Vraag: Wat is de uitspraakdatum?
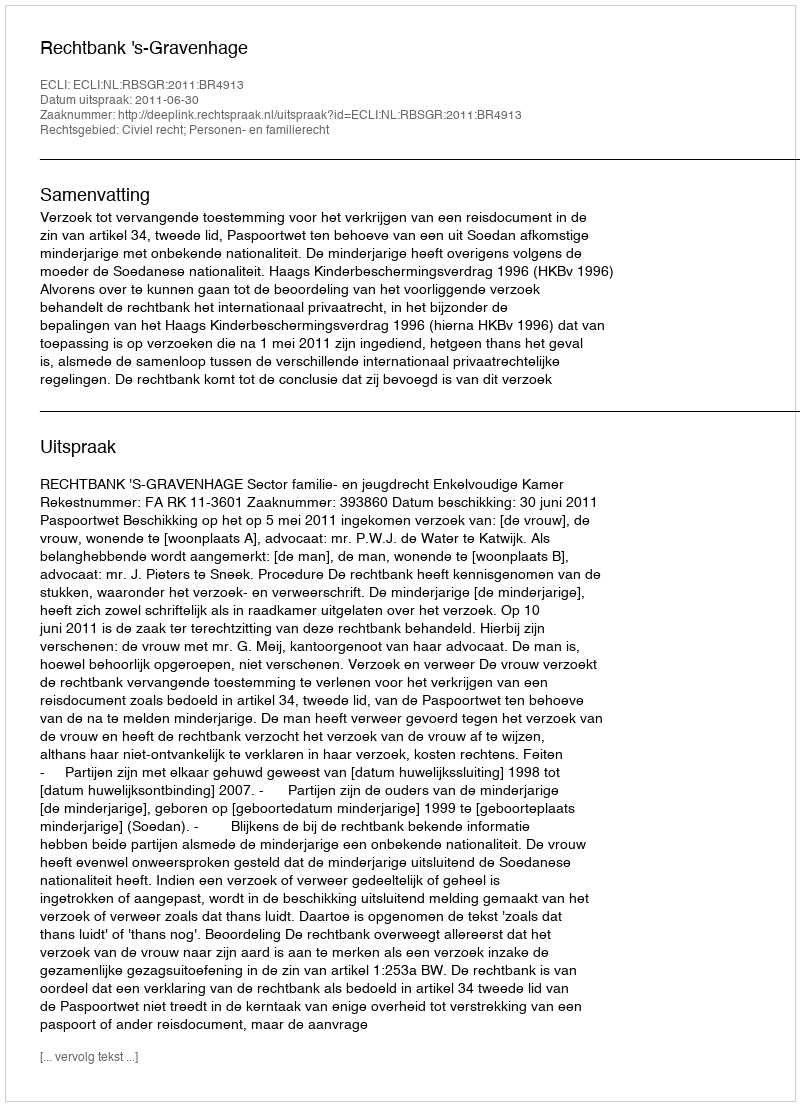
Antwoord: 2011-06-30